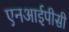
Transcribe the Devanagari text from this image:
एनआईपीसी